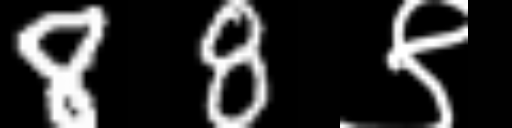
Text: 88९